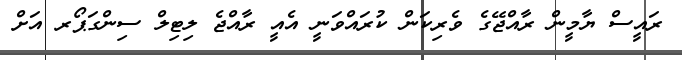
ރައީސް ޔާމީން ރާއްޖޭގެ ވެރިކަން ކުރައްވަނީ އެއީ ރާއްޖެ ލިޓިލް ސިންގަޕޯރ އަށް